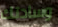
وسادتك